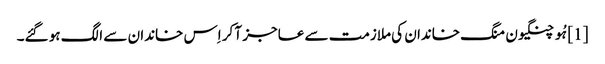
[1] ہُو چنگیون منگ خاندان کی ملازمت سے عاجز آ کر اِس خاندان سے الگ ہو گئے۔